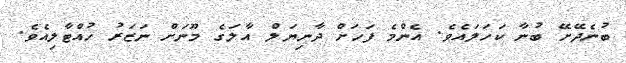
ބުނެދޭށޭ ބުނާ ކަހަލައެވެ. އެންމެ ފަހަށް ދާނިޔަލް އާލަގެ މޫނަށް ނަޒަރު ހުއްޓާލިއެވެ.